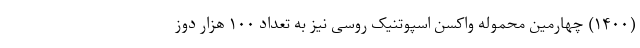
(۱۴۰۰) چهارمین محموله واکسن اسپوتنیک روسی نیز به تعداد ۱۰۰ هزار دوز